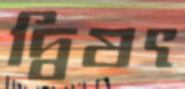
দ্বিষৎ